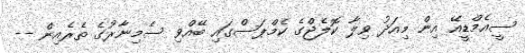
ސީއެމްޑީއޭ އިން މިއަދު ވިލާ ކޮލެޖްގެ ކެމްޕަސްގައި ބޭއްވި ސެމިނާރުގެ ތެރެއިން --